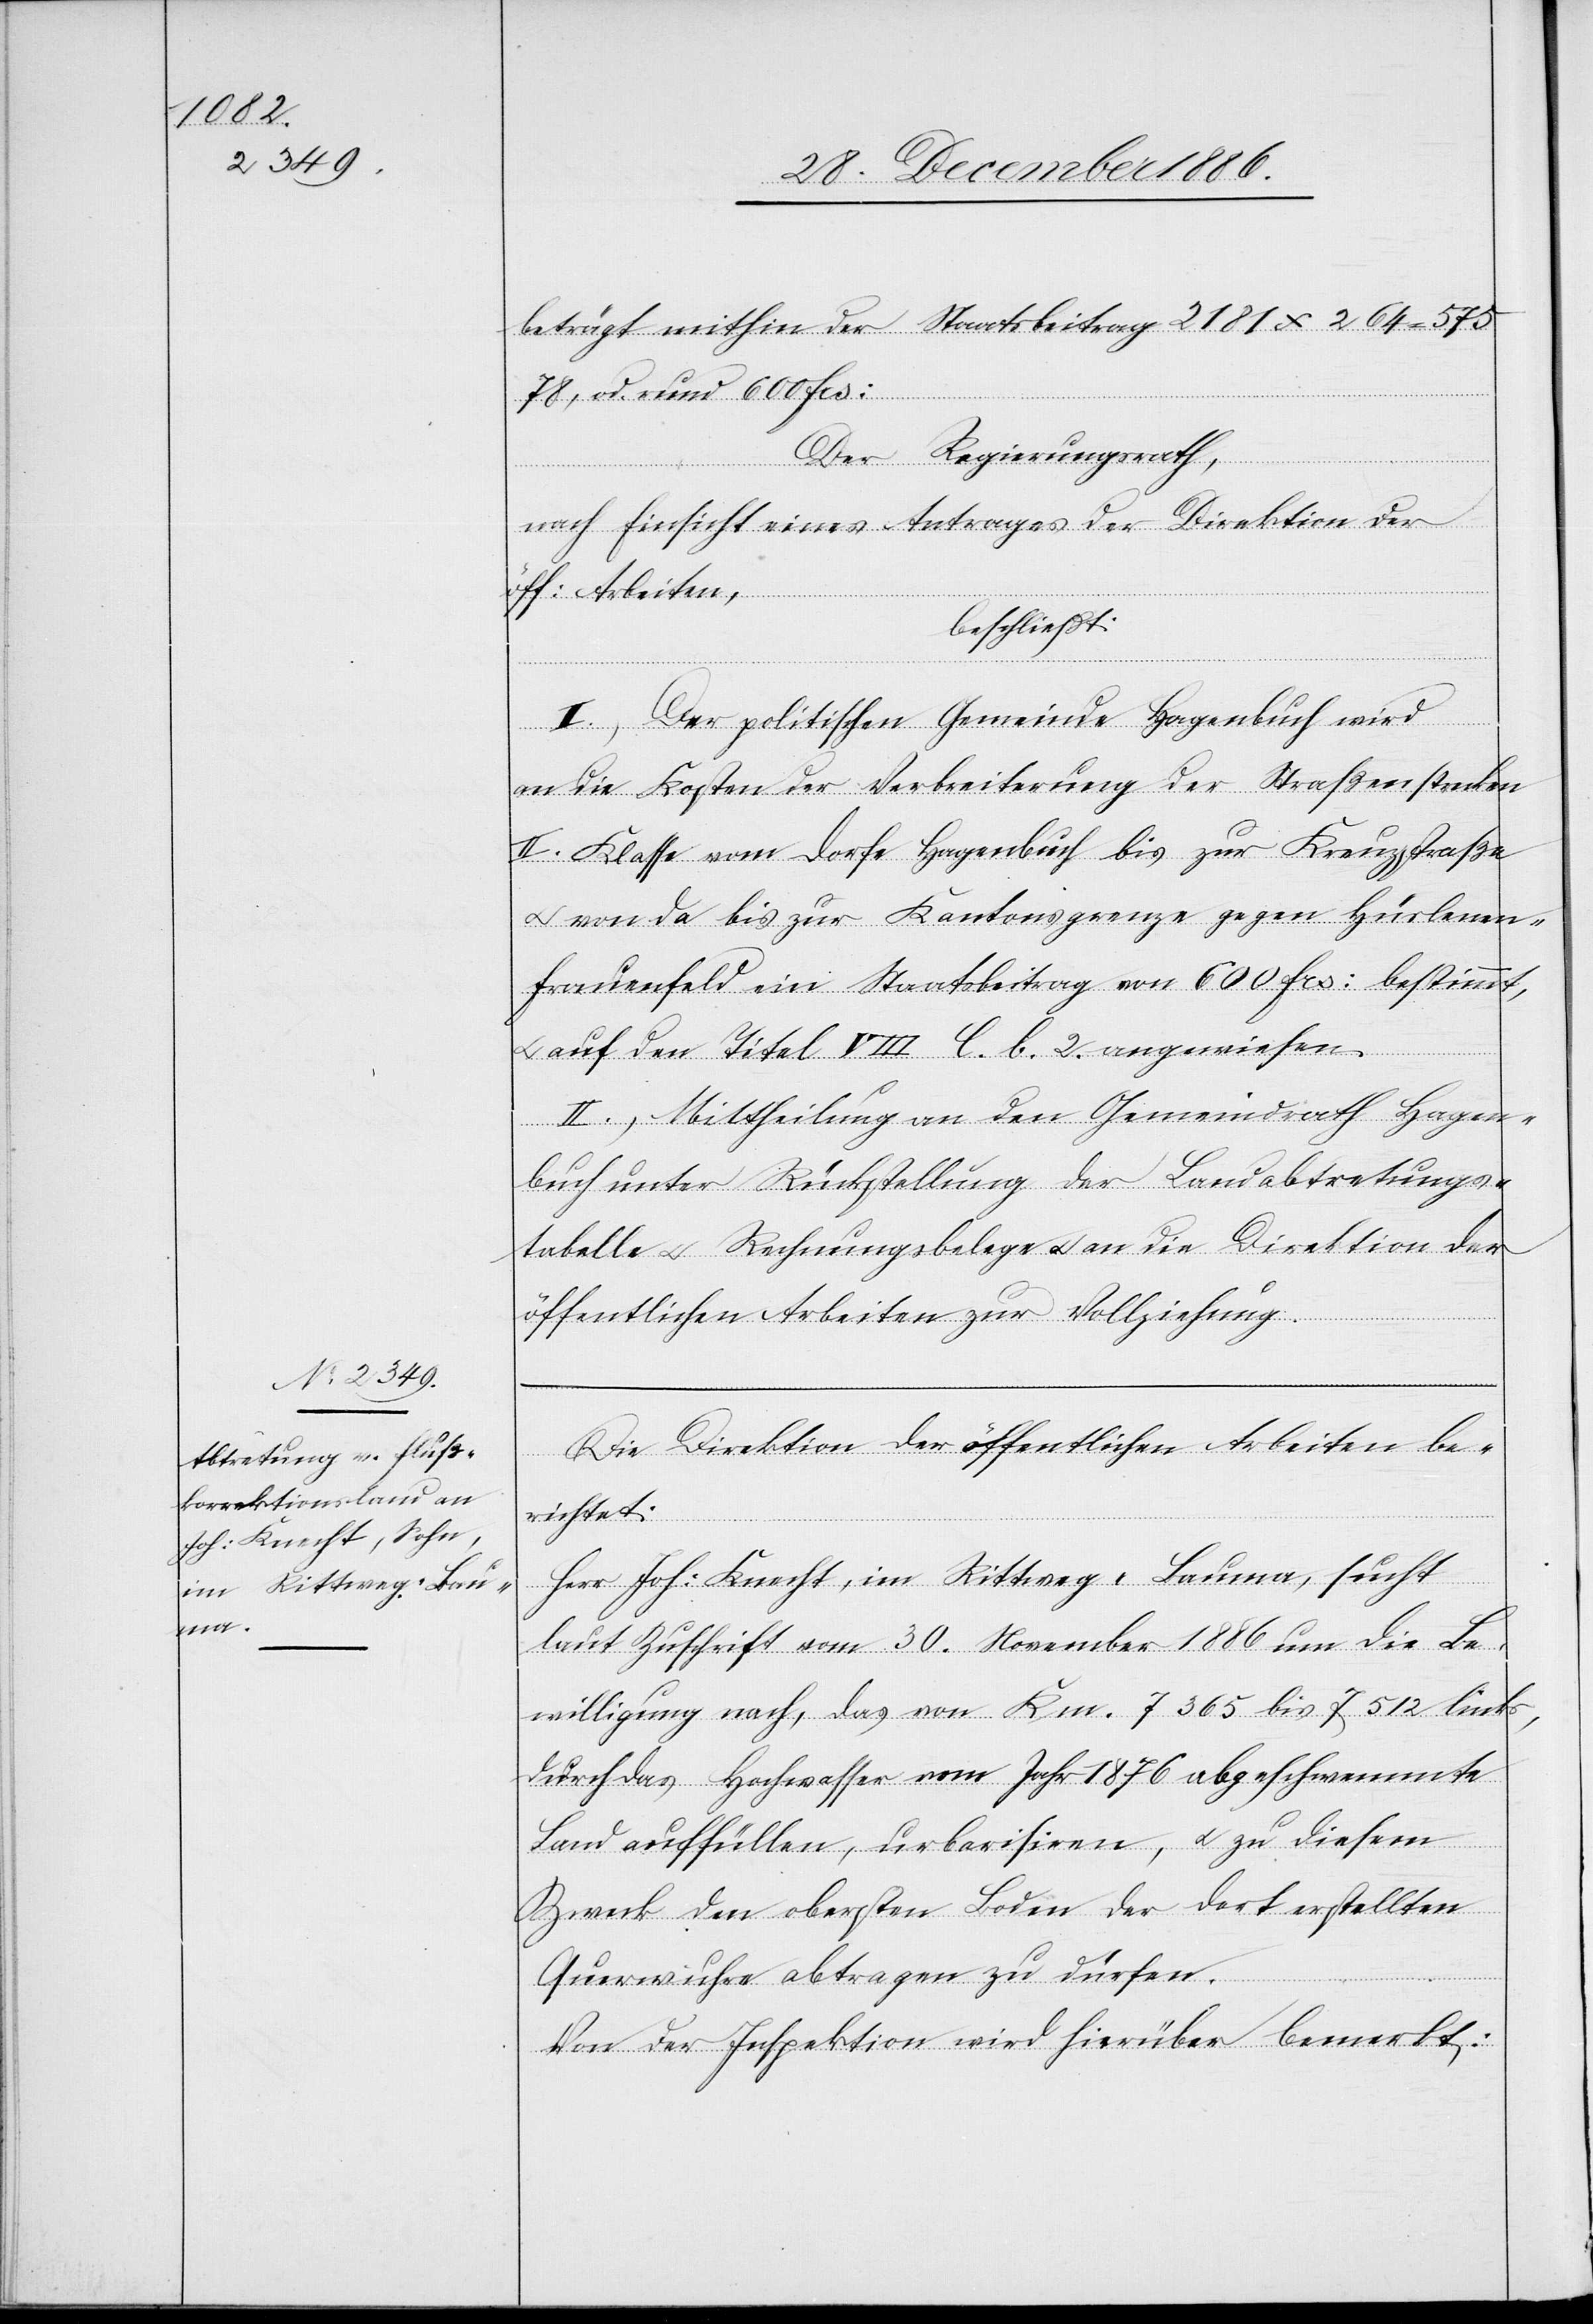
beträgt mithin der Staatsbeitrag 2181 [‰] 264 = 575
78, od. rund 600 Frs:
Der Regierungsrath,
nach Einsicht eines Antrages der Direktion der
öff: Arbeiten,
beschließt:
II.) Der politischen Gemeinde Hagenbuch wird
an die Kosten der Verbreiterung der Straßenstrecken
II. Klasse vom Dorfe Hagenbuch bis zur Kreuzstraße
& von da bis zur Kantonsgrenze gegen Hüslenen–F¬
rauenfeld ein Staatsbeitrag von 600 Frs: bestimmt,
auf den Titel VIII C. b. 2. angewiesen.
II.) Mittheilung an den Gemeindrath Hagen¬
buch unter Rückstellung der Landabtretungs¬
tabelle & Rechnungsbelege & an die Direktion der
öffentlichen Arbeiten zur Vollziehung.
Die Direktion der öffentlichen Arbeiten be¬
richtet:
Herr Joh: Knecht, im Rittweg - Bauma, sucht
laut Zuschrift vom 30. November 1886 um die Be¬
willigung nach, das von Km. 7365 bis 7512 links,
durch das Hochwasser vom Jahr 1876 abgeschwemmte
Land auffüllen, urbarisiren, & zu diesem
Zweck den obersten Boden der dort erstellten
Querwuhre abtragen zu dürfen.
Von der Inspektion wird hierüber bemerkt: